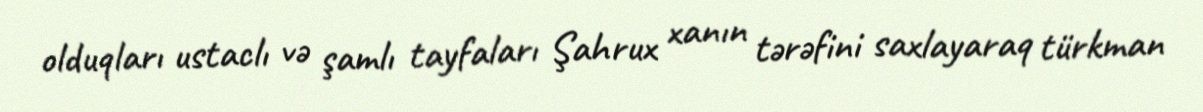
olduqları ustaclı və şamlı tayfaları Şahrux xanın tərəfini saxlayaraq türkman